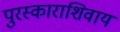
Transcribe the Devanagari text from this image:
पुरस्काराशिवाय